65_HS1-834228961_62-HQ-83894_Section_9
Agency: FBI
Page 97
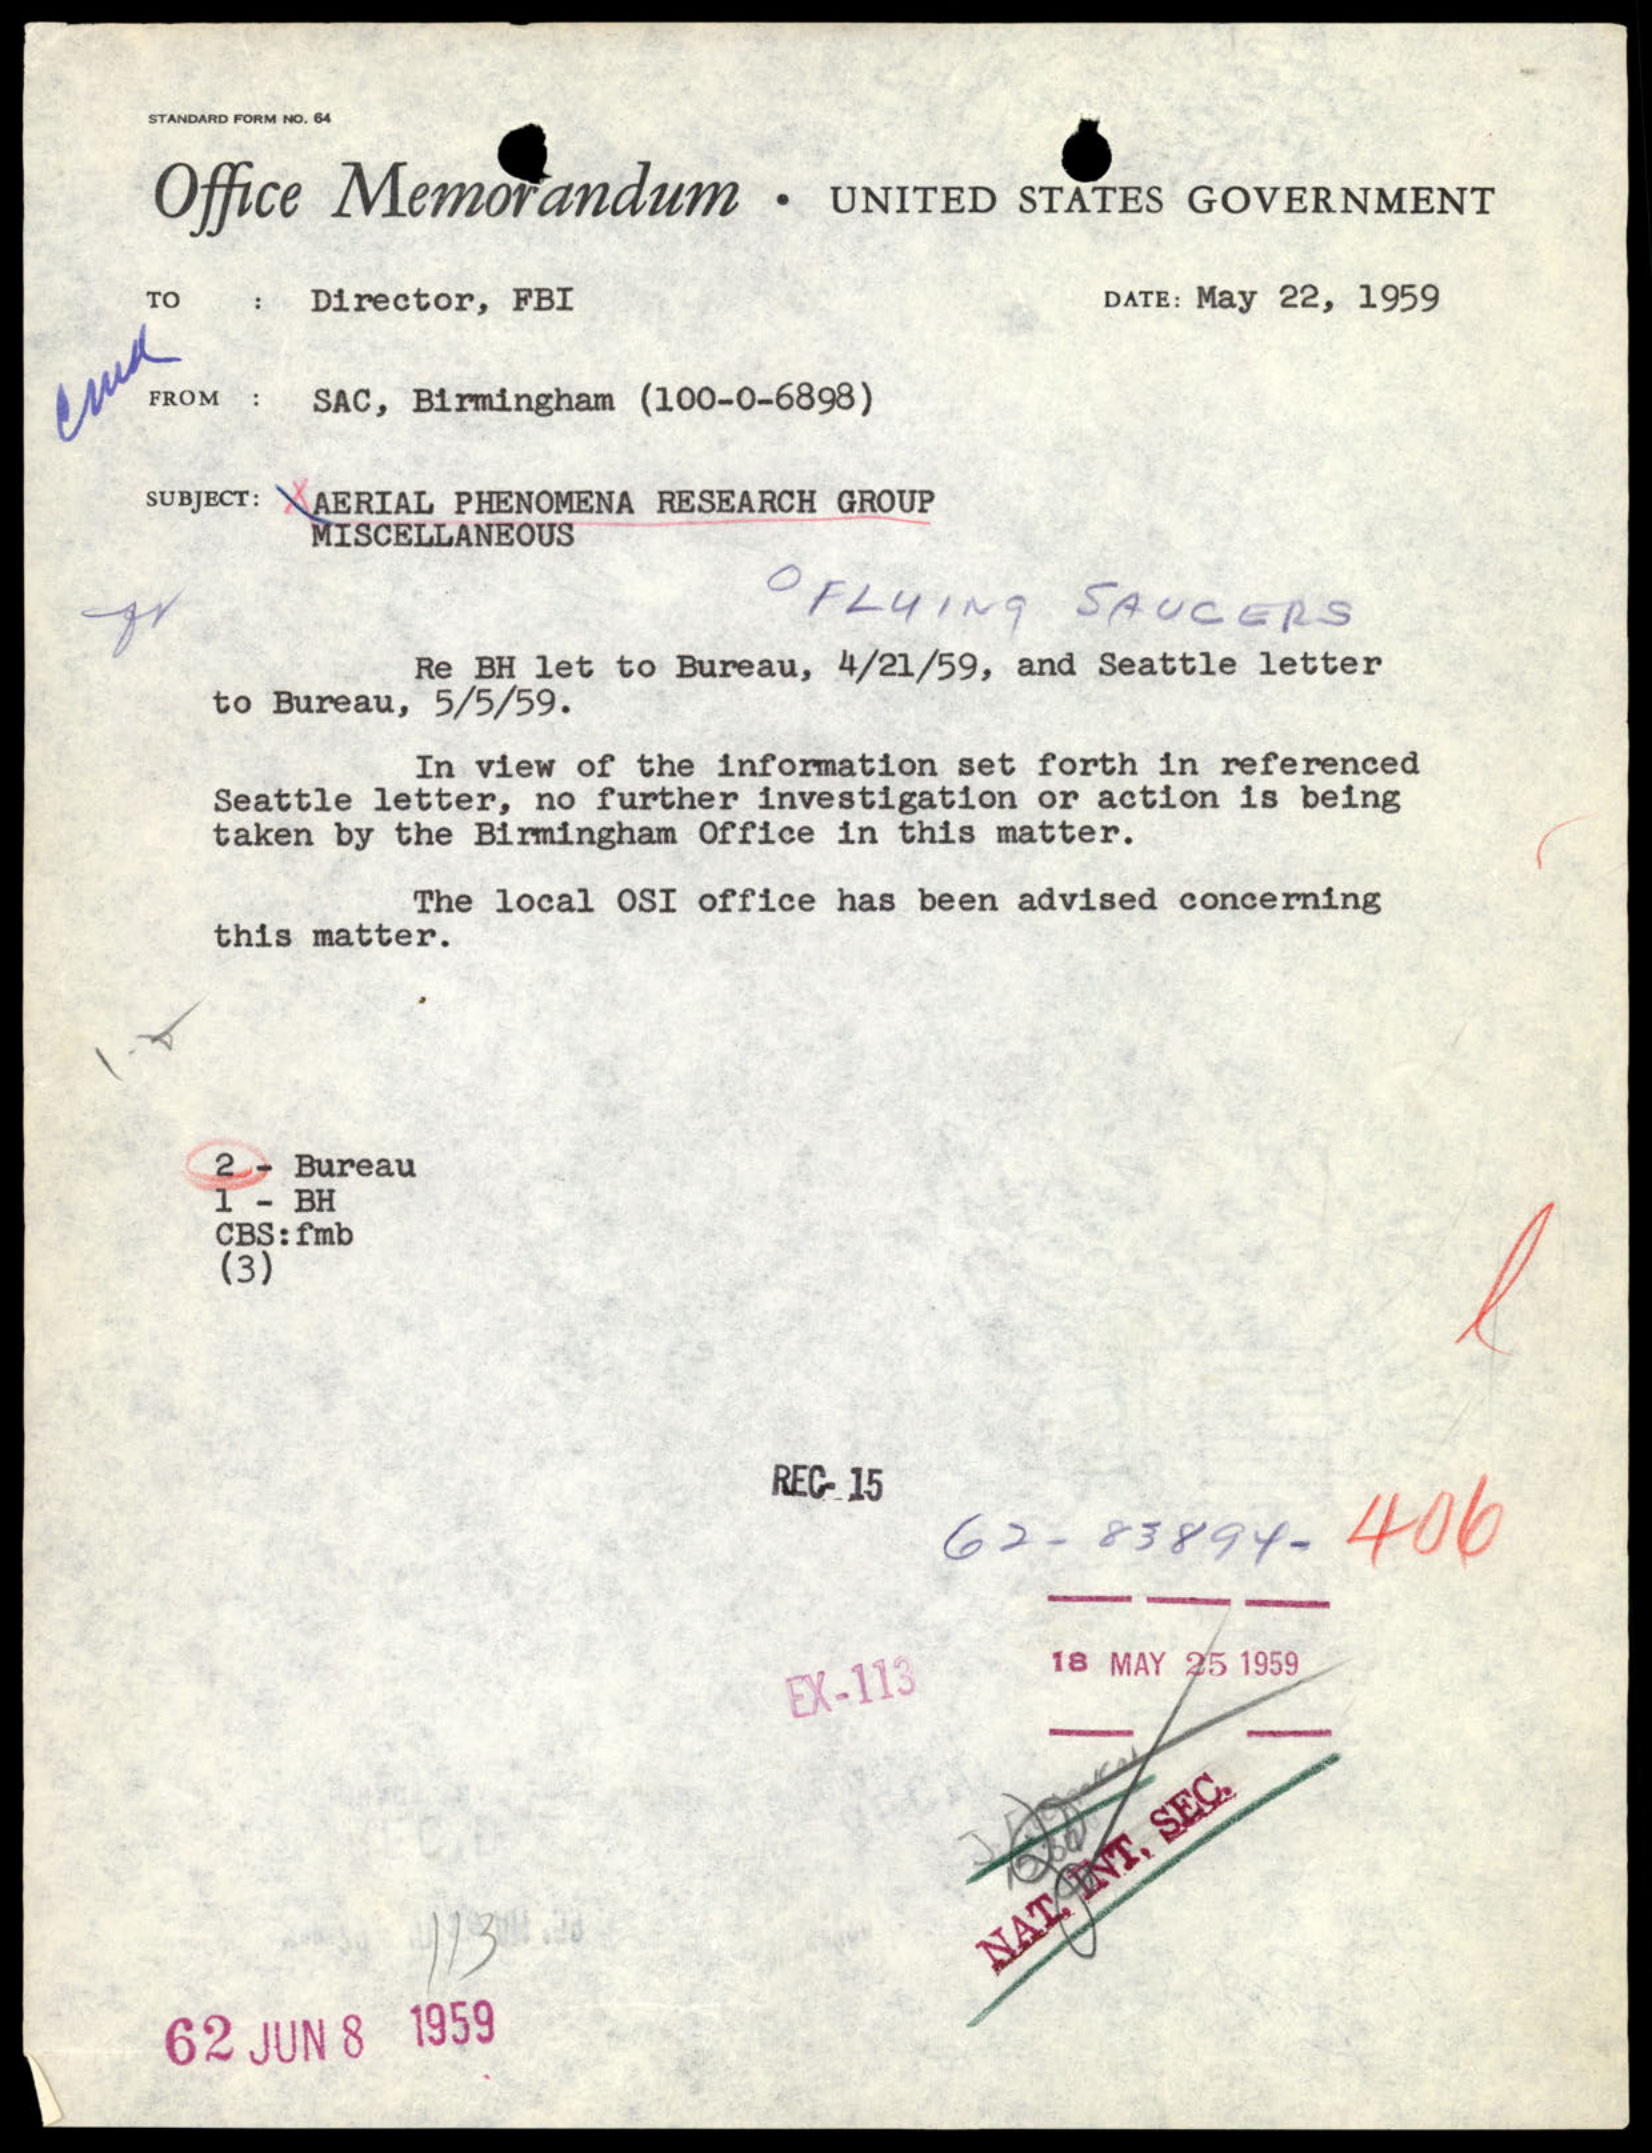